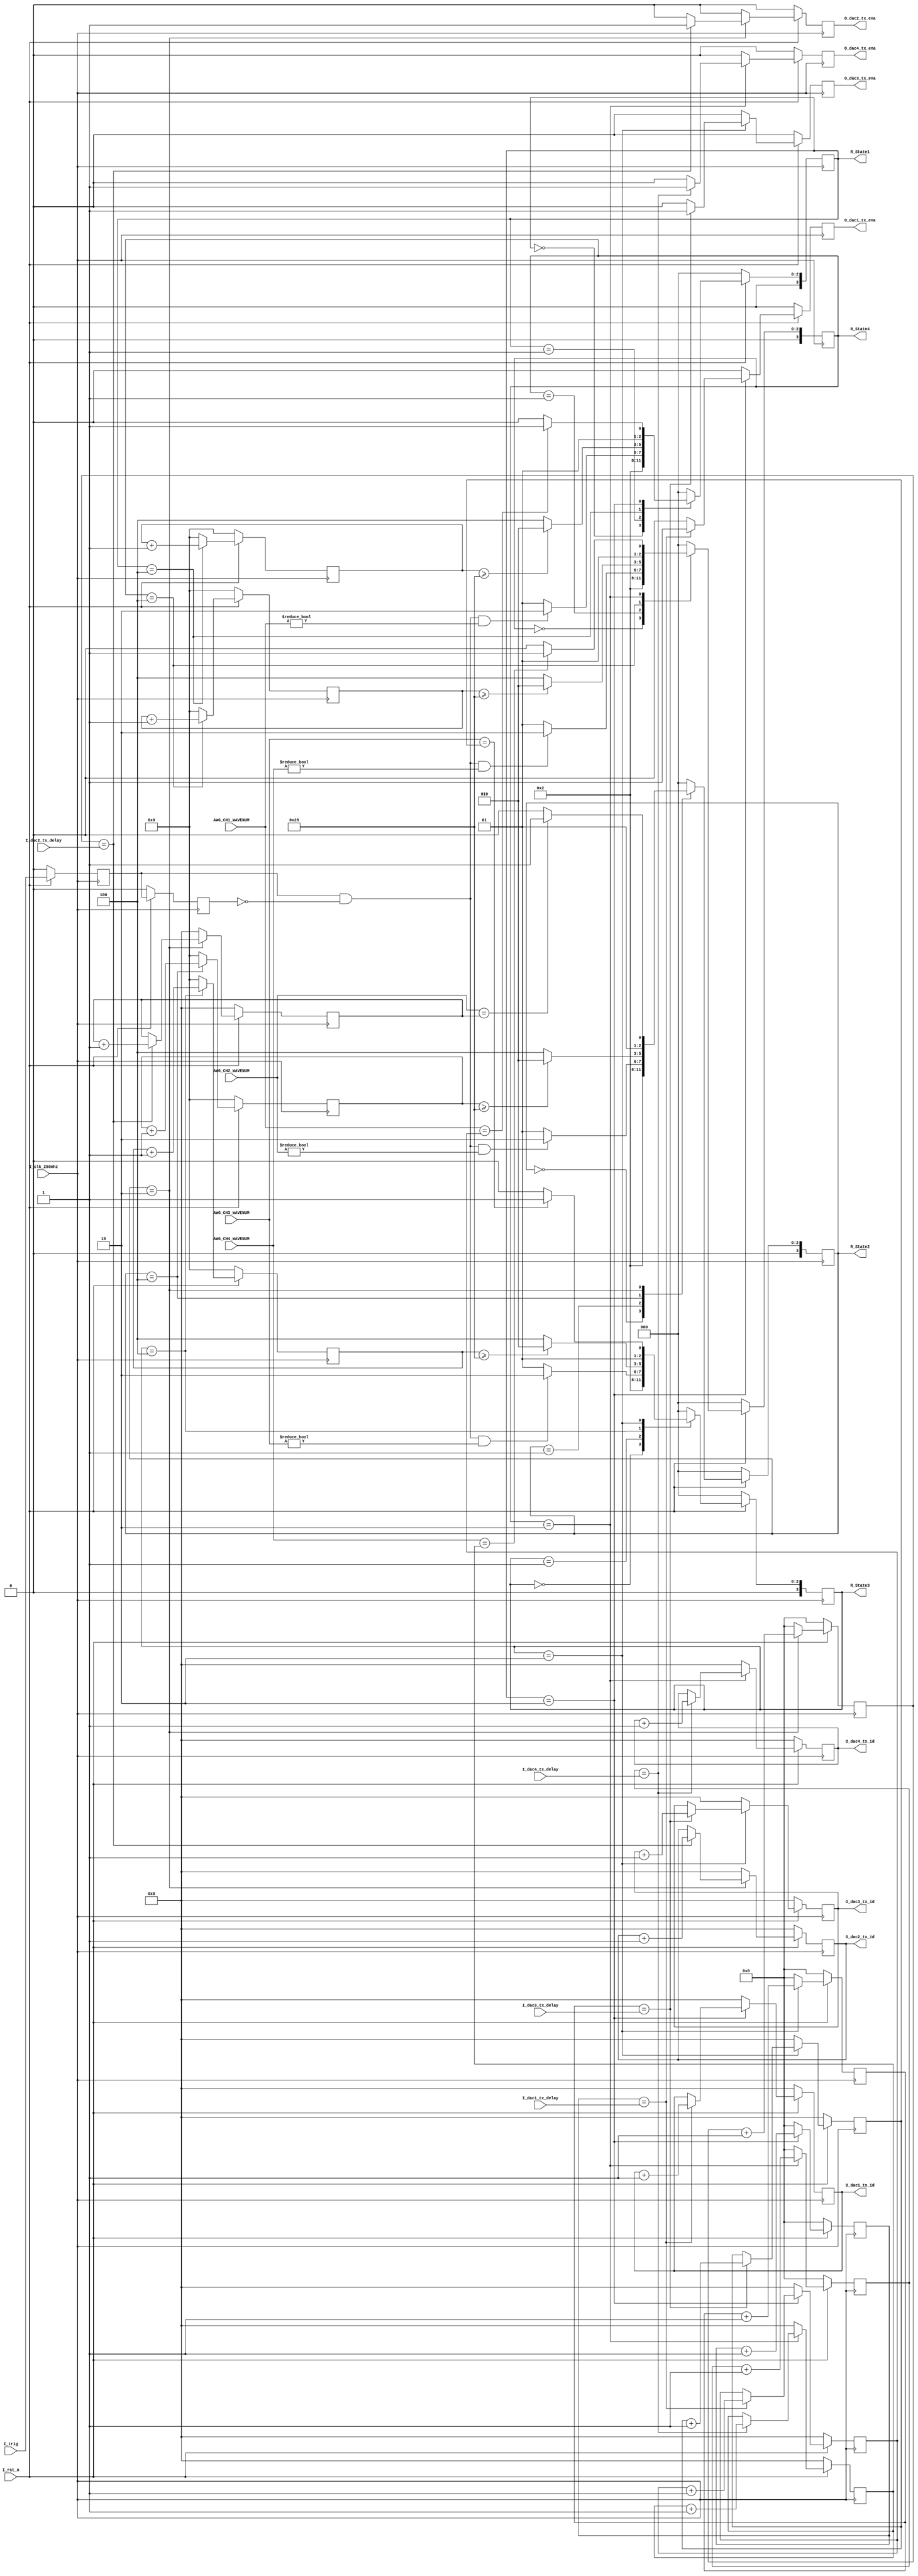
module Trig_Delay_MDL
#(
	parameter MAXIMUM_WIDTH_OF_EACH_CH = 11			//每个通道可以存下的最大波形数目
)
(
	input I_clk_250mhz,
	input I_rst_n,

	input [MAXIMUM_WIDTH_OF_EACH_CH-1:0] AWG_CH1_WAVENUM,
	input [MAXIMUM_WIDTH_OF_EACH_CH-1:0] AWG_CH2_WAVENUM,
	input [MAXIMUM_WIDTH_OF_EACH_CH-1:0] AWG_CH3_WAVENUM,
	input [MAXIMUM_WIDTH_OF_EACH_CH-1:0] AWG_CH4_WAVENUM,

	input 	I_trig	,

	output 	reg [MAXIMUM_WIDTH_OF_EACH_CH-1:0]	O_dac1_tx_id	,
	output 	reg									O_dac1_tx_ena	,
	input	[23:0]								I_dac1_tx_delay	,

	output 	reg [MAXIMUM_WIDTH_OF_EACH_CH-1:0]	O_dac2_tx_id	,
	output 	reg									O_dac2_tx_ena	,
	input	[23:0]								I_dac2_tx_delay	,

	output 	reg [MAXIMUM_WIDTH_OF_EACH_CH-1:0]	O_dac3_tx_id	,
	output	reg									O_dac3_tx_ena	,
	input	[23:0]								I_dac3_tx_delay	,

	output	reg [MAXIMUM_WIDTH_OF_EACH_CH-1:0]	O_dac4_tx_id	,
	output	reg									O_dac4_tx_ena	,
	input	[23:0]								I_dac4_tx_delay	,

	output	[3:0]	R_State1	,
	output	[3:0]	R_State2	,
	output	[3:0]	R_State3	,
	output	[3:0]	R_State4	
	
	);

//记录各个通道已经进行的延迟数
reg[23:0]	R_cnt_delay1	;
reg[23:0]	R_cnt_delay2	;
reg[23:0]	R_cnt_delay3	;
reg[23:0]	R_cnt_delay4	;

//同步各个通道的相位
reg[6:0]	R_cnt_sync1		;
reg[6:0]	R_cnt_sync2		;
reg[6:0]	R_cnt_sync3		;
reg[6:0]	R_cnt_sync4		;

//记录各个通道已经产生的波形个数
reg[MAXIMUM_WIDTH_OF_EACH_CH-1:0]	R_COUNT_AWG_CH1	;
reg[MAXIMUM_WIDTH_OF_EACH_CH-1:0]	R_COUNT_AWG_CH2	;
reg[MAXIMUM_WIDTH_OF_EACH_CH-1:0]	R_COUNT_AWG_CH3	;
reg[MAXIMUM_WIDTH_OF_EACH_CH-1:0]	R_COUNT_AWG_CH4	;

//控制CH1通道的状态机延迟
reg[3:0]	R_State1	;
reg[3:0]	R_NextState1	;

parameter [3:0]	ST1_IDLE		= 4'd0	;
parameter [3:0]	ST1_WAIT		= 4'd1	;
parameter [3:0]	ST1_DELAY	    = 4'd2	;
parameter [3:0]	ST1_DONE		= 4'd3	;
parameter [3:0]	ST1_SYNC		= 4'd4	;

//控制CH2通道的状态机延迟
reg[3:0]	R_State2	;
reg[3:0]	R_NextState2	;

parameter [3:0]	ST2_IDLE		= 4'd0	;
parameter [3:0]	ST2_WAIT		= 4'd1	;
parameter [3:0]	ST2_DELAY	    = 4'd2	;
parameter [3:0]	ST2_DONE		= 4'd3	;
parameter [3:0]	ST2_SYNC		= 4'd4	;

//控制CH3通道的状态机延迟
reg[3:0]	R_State3	;
reg[3:0]	R_NextState3	;

parameter [3:0]	ST3_IDLE		= 4'd0	;
parameter [3:0]	ST3_WAIT		= 4'd1	;
parameter [3:0]	ST3_DELAY	    = 4'd2	;
parameter [3:0]	ST3_DONE		= 4'd3	;
parameter [3:0]	ST3_SYNC		= 4'd4	;

//控制CH4通道的状态机延迟
reg[3:0]	R_State4	;
reg[3:0]	R_NextState4	;

parameter [3:0]	ST4_IDLE		= 4'd0	;
parameter [3:0]	ST4_WAIT		= 4'd1	;
parameter [3:0]	ST4_DELAY	    = 4'd2	;
parameter [3:0]	ST4_DONE		= 4'd3	;
parameter [3:0]	ST4_SYNC		= 4'd4	;


wire	W_trig	;	
reg 	R1_trig	;
reg 	R2_trig	;

//将I_trig转化成4ns的单脉冲的信号
always @ (posedge I_clk_250mhz)
begin
	if(~I_rst_n)
	begin
		R1_trig	<=	1'b0	;
		R2_trig <=	1'b0	;
	end	
	else
	begin
		R1_trig	<=	I_trig	;
		R2_trig <=	R1_trig	;	
	end
end

assign W_trig = R1_trig & ~ R2_trig	;


//*****************************************DAC1 DELAY MODULE*************************************************
always @ (posedge I_clk_250mhz )
begin
	if(~I_rst_n)
	begin
		R_State1		<=	ST1_IDLE	;
	end
	else
	begin
		R_State1		<=	R_NextState1;
	end
end	
			
always @(*)
begin
	case(R_State1)
		ST1_IDLE:
		begin
			R_NextState1	=	ST1_WAIT	;
		end
	
		ST1_WAIT:
		begin
			if(W_trig && AWG_CH1_WAVENUM != 11'd0)
			begin
				R_NextState1	=	ST1_DELAY	;
			end
			else
			begin
				R_NextState1	=	ST1_WAIT	;
			end	
			
		end

		ST1_SYNC:
		begin
			if(R_cnt_sync1 >= 6'd40)
			begin
				R_NextState1	=	ST1_DELAY	;
			end
			else
			begin
				R_NextState1	=	ST1_SYNC	;
			end
		end

		ST1_DELAY:
		begin
			if(AWG_CH1_WAVENUM == R_COUNT_AWG_CH1)
				R_NextState1	=	ST1_DONE	;
			else
			begin	
				R_NextState1	=	ST1_DELAY	;
			end
		end
		
		ST1_DONE:
		begin
			R_NextState1	=	ST1_IDLE	;
		end
		
		
		
		default:	R_NextState1	=	ST1_IDLE	;
	endcase
end	


always @ (posedge I_clk_250mhz)
begin
	if(~I_rst_n)
	begin
		O_dac1_tx_id	<=	11'd0	;
		O_dac1_tx_ena	<=	1'd0	;

		R_cnt_delay1	<=	24'd0	;
		R_COUNT_AWG_CH1	<=	11'd0	;

		R_cnt_sync1		<=	5'd0	;		
	end

	else
	begin
		case(R_State1)
			ST1_IDLE:
			begin
				O_dac1_tx_id	<=	11'd0	;
				O_dac1_tx_ena	<=	1'd0	;

				R_cnt_delay1	<=	24'd0	;
				R_COUNT_AWG_CH1	<=	11'd0	;

				R_cnt_sync1		<=	5'd0	;
			end		
			
			ST1_WAIT:
			begin
				O_dac1_tx_id	<=	11'd0	;
				O_dac1_tx_ena	<=	1'd0	;

				R_cnt_delay1	<=	24'd0	;
				R_COUNT_AWG_CH1	<=	11'd0	;

				R_cnt_sync1		<=	5'd0	;
			end

			ST1_SYNC:
			begin
				O_dac1_tx_id	<=	11'd0	;
				O_dac1_tx_ena	<=	1'd0	;

				R_cnt_delay1	<=	24'd0	;
				R_COUNT_AWG_CH1	<=	11'd0	;

				R_cnt_sync1		<=	R_cnt_sync1	+	5'd1	;
			end

			ST1_DELAY:
			begin
				R_cnt_delay1	<=	R_cnt_delay1 +	24'd1	;
				if(R_cnt_delay1 == I_dac1_tx_delay)
				begin
					O_dac1_tx_id	<=	O_dac1_tx_id	+ 11'd1	;
					O_dac1_tx_ena	<= 	1'b1					;
					R_COUNT_AWG_CH1 <=	R_COUNT_AWG_CH1 + 11'd1	;
				end
				else
				begin
					O_dac1_tx_id	<=	O_dac1_tx_id	;
					O_dac1_tx_ena	<=	1'b0			;
					R_COUNT_AWG_CH1	<=	R_COUNT_AWG_CH1	;
				end
				
				R_cnt_sync1		<=	5'd0	;
			end	
			
			
			ST1_DONE:
			begin
				O_dac1_tx_id	<=	11'd0	;
				O_dac1_tx_ena	<=	1'd0	;

				R_cnt_delay1	<=	24'd0	;
				R_COUNT_AWG_CH1	<=	11'd0	;

				R_cnt_sync1		<=	5'd0	;
			end	
						
			default:
			begin
				O_dac1_tx_id	<=	11'd0	;
				O_dac1_tx_ena	<=	1'd0	;

				R_cnt_delay1	<=	24'd0	;
				R_COUNT_AWG_CH1	<=	11'd0	;

				R_cnt_sync1		<=	5'd0	;

			end
		endcase
	end
end

//*****************************************DAC2 DELAY MODULE*************************************************
always @ (posedge I_clk_250mhz )
begin
	if(~I_rst_n)
	begin
		R_State2		<=	ST2_IDLE	;
	end
	else
	begin
		R_State2		<=	R_NextState2;
	end
end	
			
always @(*)
begin
	case(R_State2)
		ST2_IDLE:
		begin
			R_NextState2	=	ST2_WAIT	;
		end
	
		ST2_WAIT:
		begin
			if(W_trig && AWG_CH2_WAVENUM != 11'd0)
			begin
				R_NextState2	=	ST2_DELAY	;
			end
			else
			begin
				R_NextState2	=	ST2_WAIT	;
			end	
			
		end

		ST2_SYNC:
		begin
			if(R_cnt_sync2 >= 6'd40)
			begin
				R_NextState2	=	ST2_DELAY	;
			end
			else
			begin
				R_NextState2	=	ST2_SYNC	;
			end
		end

		ST2_DELAY:
		begin
			if(AWG_CH2_WAVENUM == R_COUNT_AWG_CH2)
				R_NextState2	=	ST2_DONE	;
			else
			begin	
				R_NextState2	=	ST2_DELAY	;
			end
		end
		
		ST2_DONE:
		begin
			R_NextState2	=	ST2_IDLE	;
		end
		
		
		
		default:	R_NextState2	=	ST2_IDLE	;
	endcase
end	


always @ (posedge I_clk_250mhz)
begin
	if(~I_rst_n)
	begin
		O_dac2_tx_id	<=	11'd0	;
		O_dac2_tx_ena	<=	1'd0	;

		R_cnt_delay2	<=	24'd0	;
		R_COUNT_AWG_CH2	<=	11'd0	;

		R_cnt_sync2		<=	5'd0	;		
	end

	else
	begin
		case(R_State2)
			ST2_IDLE:
			begin
				O_dac2_tx_id	<=	11'd0	;
				O_dac2_tx_ena	<=	1'd0	;

				R_cnt_delay2	<=	24'd0	;
				R_COUNT_AWG_CH2	<=	11'd0	;

				R_cnt_sync2		<=	5'd0	;
			end		
			
			ST2_WAIT:
			begin
				O_dac2_tx_id	<=	11'd0	;
				O_dac2_tx_ena	<=	1'd0	;

				R_cnt_delay2	<=	24'd0	;
				R_COUNT_AWG_CH2	<=	11'd0	;

				R_cnt_sync2		<=	5'd0	;
			end	
			
			ST2_SYNC:
			begin
				O_dac2_tx_id	<=	11'd0	;
				O_dac2_tx_ena	<=	1'd0	;

				R_cnt_delay2	<=	24'd0	;
				R_COUNT_AWG_CH2	<=	11'd0	;

				R_cnt_sync2		<=	R_cnt_sync2	+	5'd1	;				
			end

			ST2_DELAY:
			begin
				R_cnt_delay2	<=	R_cnt_delay2 +	24'd1	;
				if(R_cnt_delay2 == I_dac2_tx_delay)
				begin
					O_dac2_tx_id	<=	O_dac2_tx_id	+ 11'd1	;
					O_dac2_tx_ena	<= 	1'b1					;
					R_COUNT_AWG_CH2 <=	R_COUNT_AWG_CH2 + 11'd1	;
				end
				else
				begin
					O_dac2_tx_id	<=	O_dac2_tx_id	;
					O_dac2_tx_ena	<=	1'b0			;
					R_COUNT_AWG_CH2	<=	R_COUNT_AWG_CH2	;
				end

				R_cnt_sync2		<=	5'd0	;
				
			end	
			
			
			ST2_DONE:
			begin
				O_dac2_tx_id	<=	11'd0	;
				O_dac2_tx_ena	<=	1'd0	;

				R_cnt_delay2	<=	24'd0	;
				R_COUNT_AWG_CH2	<=	11'd0	;

				R_cnt_sync2		<=	5'd0	;
			end	
						
			default:
			begin
				O_dac2_tx_id	<=	11'd0	;
				O_dac2_tx_ena	<=	1'd0	;

				R_cnt_delay2	<=	24'd0	;
				R_COUNT_AWG_CH2	<=	11'd0	;

				R_cnt_sync2		<=	5'd0	;

			end
		endcase
	end
end

//*****************************************DAC3 DELAY MODULE*************************************************
always @ (posedge I_clk_250mhz )
begin
	if(~I_rst_n)
	begin
		R_State3		<=	ST3_IDLE	;
	end
	else
	begin
		R_State3		<=	R_NextState3;
	end
end	
			
always @(*)
begin
	case(R_State3)
		ST3_IDLE:
		begin
			R_NextState3	=	ST3_WAIT	;
		end
	
		ST3_WAIT:
		begin
			if(W_trig && AWG_CH3_WAVENUM != 11'd0)
			begin
				R_NextState3	=	ST3_DELAY	;
			end
			else
			begin
				R_NextState3	=	ST3_WAIT	;
			end	
			
		end
		
		ST3_SYNC:
		begin
			if(R_cnt_sync3 >= 6'd40)
			begin
				R_NextState3	=	ST3_DELAY	;
			end
			else
			begin
				R_NextState3	=	ST3_SYNC	;
			end
		end

		ST3_DELAY:
		begin
			if(AWG_CH3_WAVENUM == R_COUNT_AWG_CH3)
				R_NextState3	=	ST3_DONE	;
			else
			begin	
				R_NextState3	=	ST3_DELAY	;
			end
		end
		
		ST3_DONE:
		begin
			R_NextState3	=	ST3_IDLE	;
		end
		
		
		
		default:	R_NextState3	=	ST3_IDLE	;
	endcase
end	


always @ (posedge I_clk_250mhz)
begin
	if(~I_rst_n)
	begin
		O_dac3_tx_id	<=	11'd0	;
		O_dac3_tx_ena	<=	1'd0	;

		R_cnt_delay3	<=	24'd0	;
		R_COUNT_AWG_CH3	<=	11'd0	;	

		R_cnt_sync3		<=	5'd0	;	
	end

	else
	begin
		case(R_State3)
			ST3_IDLE:
			begin
				O_dac3_tx_id	<=	11'd0	;
				O_dac3_tx_ena	<=	1'd0	;

				R_cnt_delay3	<=	24'd0	;
				R_COUNT_AWG_CH3	<=	11'd0	;

				R_cnt_sync3		<=	5'd0	;
			end		
			
			ST3_WAIT:
			begin
				O_dac3_tx_id	<=	11'd0	;
				O_dac3_tx_ena	<=	1'd0	;

				R_cnt_delay3	<=	24'd0	;
				R_COUNT_AWG_CH3	<=	11'd0	;
				
				R_cnt_sync3		<=	5'd0	;
			end	
			
			ST3_SYNC:
			begin
				O_dac3_tx_id	<=	11'd0	;
				O_dac3_tx_ena	<=	1'd0	;

				R_cnt_delay3	<=	24'd0	;
				R_COUNT_AWG_CH3	<=	11'd0	;
				
				R_cnt_sync3		<=	R_cnt_sync3	+	5'd1	;
			end

			ST3_DELAY:
			begin
				R_cnt_delay3	<=	R_cnt_delay3 +	24'd1	;
				if(R_cnt_delay3 == I_dac3_tx_delay)
				begin
					O_dac3_tx_id	<=	O_dac3_tx_id	+ 11'd1	;
					O_dac3_tx_ena	<= 	1'b1					;
					R_COUNT_AWG_CH3 <=	R_COUNT_AWG_CH3 + 11'd1	;
				end
				else
				begin
					O_dac3_tx_id	<=	O_dac3_tx_id	;
					O_dac3_tx_ena	<=	1'b0			;
					R_COUNT_AWG_CH3	<=	R_COUNT_AWG_CH3	;
				end

				R_cnt_sync3		<=	5'd0	;
				
			end	
			
			
			ST3_DONE:
			begin
				O_dac3_tx_id	<=	11'd0	;
				O_dac3_tx_ena	<=	1'd0	;

				R_cnt_delay3	<=	24'd0	;
				R_COUNT_AWG_CH3	<=	11'd0	;

				R_cnt_sync3		<=	5'd0	;
			end	
						
			default:
			begin
				O_dac3_tx_id	<=	11'd0	;
				O_dac3_tx_ena	<=	1'd0	;

				R_cnt_delay3	<=	24'd0	;
				R_COUNT_AWG_CH3	<=	11'd0	;

				R_cnt_sync3		<=	5'd0	;

			end
		endcase
	end
end

//*****************************************DAC4 DELAY MODULE*************************************************
always @ (posedge I_clk_250mhz )
begin
	if(~I_rst_n)
	begin
		R_State4		<=	ST4_IDLE	;
	end
	else
	begin
		R_State4		<=	R_NextState4;
	end
end	
			
always @(*)
begin
	case(R_State4)
		ST4_IDLE:
		begin
			R_NextState4	=	ST4_WAIT	;
		end
	
		ST4_WAIT:
		begin
			if(W_trig && AWG_CH4_WAVENUM != 11'd0)
			begin
				R_NextState4	=	ST4_DELAY	;
			end
			else
			begin
				R_NextState4	=	ST4_WAIT	;
			end	
			
		end
		
		ST4_SYNC:
		begin
			if(R_cnt_sync4 >= 6'd40)
			begin
				R_NextState4	=	ST4_DELAY	;
			end
			else
			begin
				R_NextState4	=	ST4_SYNC	;
			end
		end

		ST4_DELAY:
		begin
			if(AWG_CH4_WAVENUM == R_COUNT_AWG_CH4)
				R_NextState4	=	ST4_DONE	;
			else
			begin	
				R_NextState4	=	ST4_DELAY	;
			end
		end
		
		ST4_DONE:
		begin
			R_NextState4	=	ST4_IDLE	;
		end
		
		
		
		default:	R_NextState4	=	ST4_IDLE	;
	endcase
end	


always @ (posedge I_clk_250mhz)
begin
	if(~I_rst_n)
	begin
		O_dac4_tx_id	<=	11'd0	;
		O_dac4_tx_ena	<=	1'd0	;

		R_cnt_delay4	<=	24'd0	;
		R_COUNT_AWG_CH4	<=	11'd0	;

		R_cnt_sync4		<=	5'd0	;		
	end

	else
	begin
		case(R_State4)
			ST4_IDLE:
			begin
				O_dac4_tx_id	<=	11'd0	;
				O_dac4_tx_ena	<=	1'd0	;

				R_cnt_delay4	<=	24'd0	;
				R_COUNT_AWG_CH4	<=	11'd0	;

				R_cnt_sync4		<=	5'd0	;
			end		
			
			ST4_WAIT:
			begin
				O_dac4_tx_id	<=	11'd0	;
				O_dac4_tx_ena	<=	1'd0	;

				R_cnt_delay4	<=	24'd0	;
				R_COUNT_AWG_CH4	<=	11'd0	;

				R_cnt_sync4		<=	5'd0	;
			end	
			
			ST4_SYNC:
			begin
				O_dac4_tx_id	<=	11'd0	;
				O_dac4_tx_ena	<=	1'd0	;

				R_cnt_delay4	<=	24'd0	;
				R_COUNT_AWG_CH4	<=	11'd0	;

				R_cnt_sync4		<=	R_cnt_sync4	+	5'd1	;
			end

			ST4_DELAY:
			begin
				R_cnt_delay4	<=	R_cnt_delay4 +	24'd1	;
				if(R_cnt_delay4 == I_dac4_tx_delay)
				begin
					O_dac4_tx_id	<=	O_dac4_tx_id	+ 11'd1	;
					O_dac4_tx_ena	<= 	1'b1					;
					R_COUNT_AWG_CH4 <=	R_COUNT_AWG_CH4 + 11'd1	;
				end
				else
				begin
					O_dac4_tx_id	<=	O_dac4_tx_id	;
					O_dac4_tx_ena	<=	1'b0			;
					R_COUNT_AWG_CH4	<=	R_COUNT_AWG_CH4	;
				end

				R_cnt_sync4		<=	5'd0	;
				
			end	
			
			
			ST4_DONE:
			begin
				O_dac4_tx_id	<=	11'd0	;
				O_dac4_tx_ena	<=	1'd0	;

				R_cnt_delay4	<=	24'd0	;
				R_COUNT_AWG_CH4	<=	11'd0	;

				R_cnt_sync4		<=	5'd0	;
			end	
						
			default:
			begin
				O_dac4_tx_id	<=	11'd0	;
				O_dac4_tx_ena	<=	1'd0	;

				R_cnt_delay4	<=	24'd0	;
				R_COUNT_AWG_CH4	<=	11'd0	;

				R_cnt_sync4		<=	5'd0	;

			end
		endcase
	end
end

	
	
endmodule